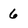
Character: 6